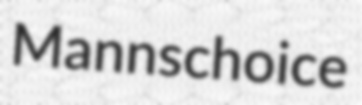
Mannschoice